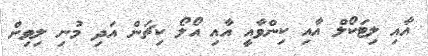
އާއި ލިޓަކޯލް އާއި ކިންވާއީ އާއި އޯލޯ ކިޗަން އަދި މުނި ލިވިން